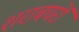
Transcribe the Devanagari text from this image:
शराबघरों